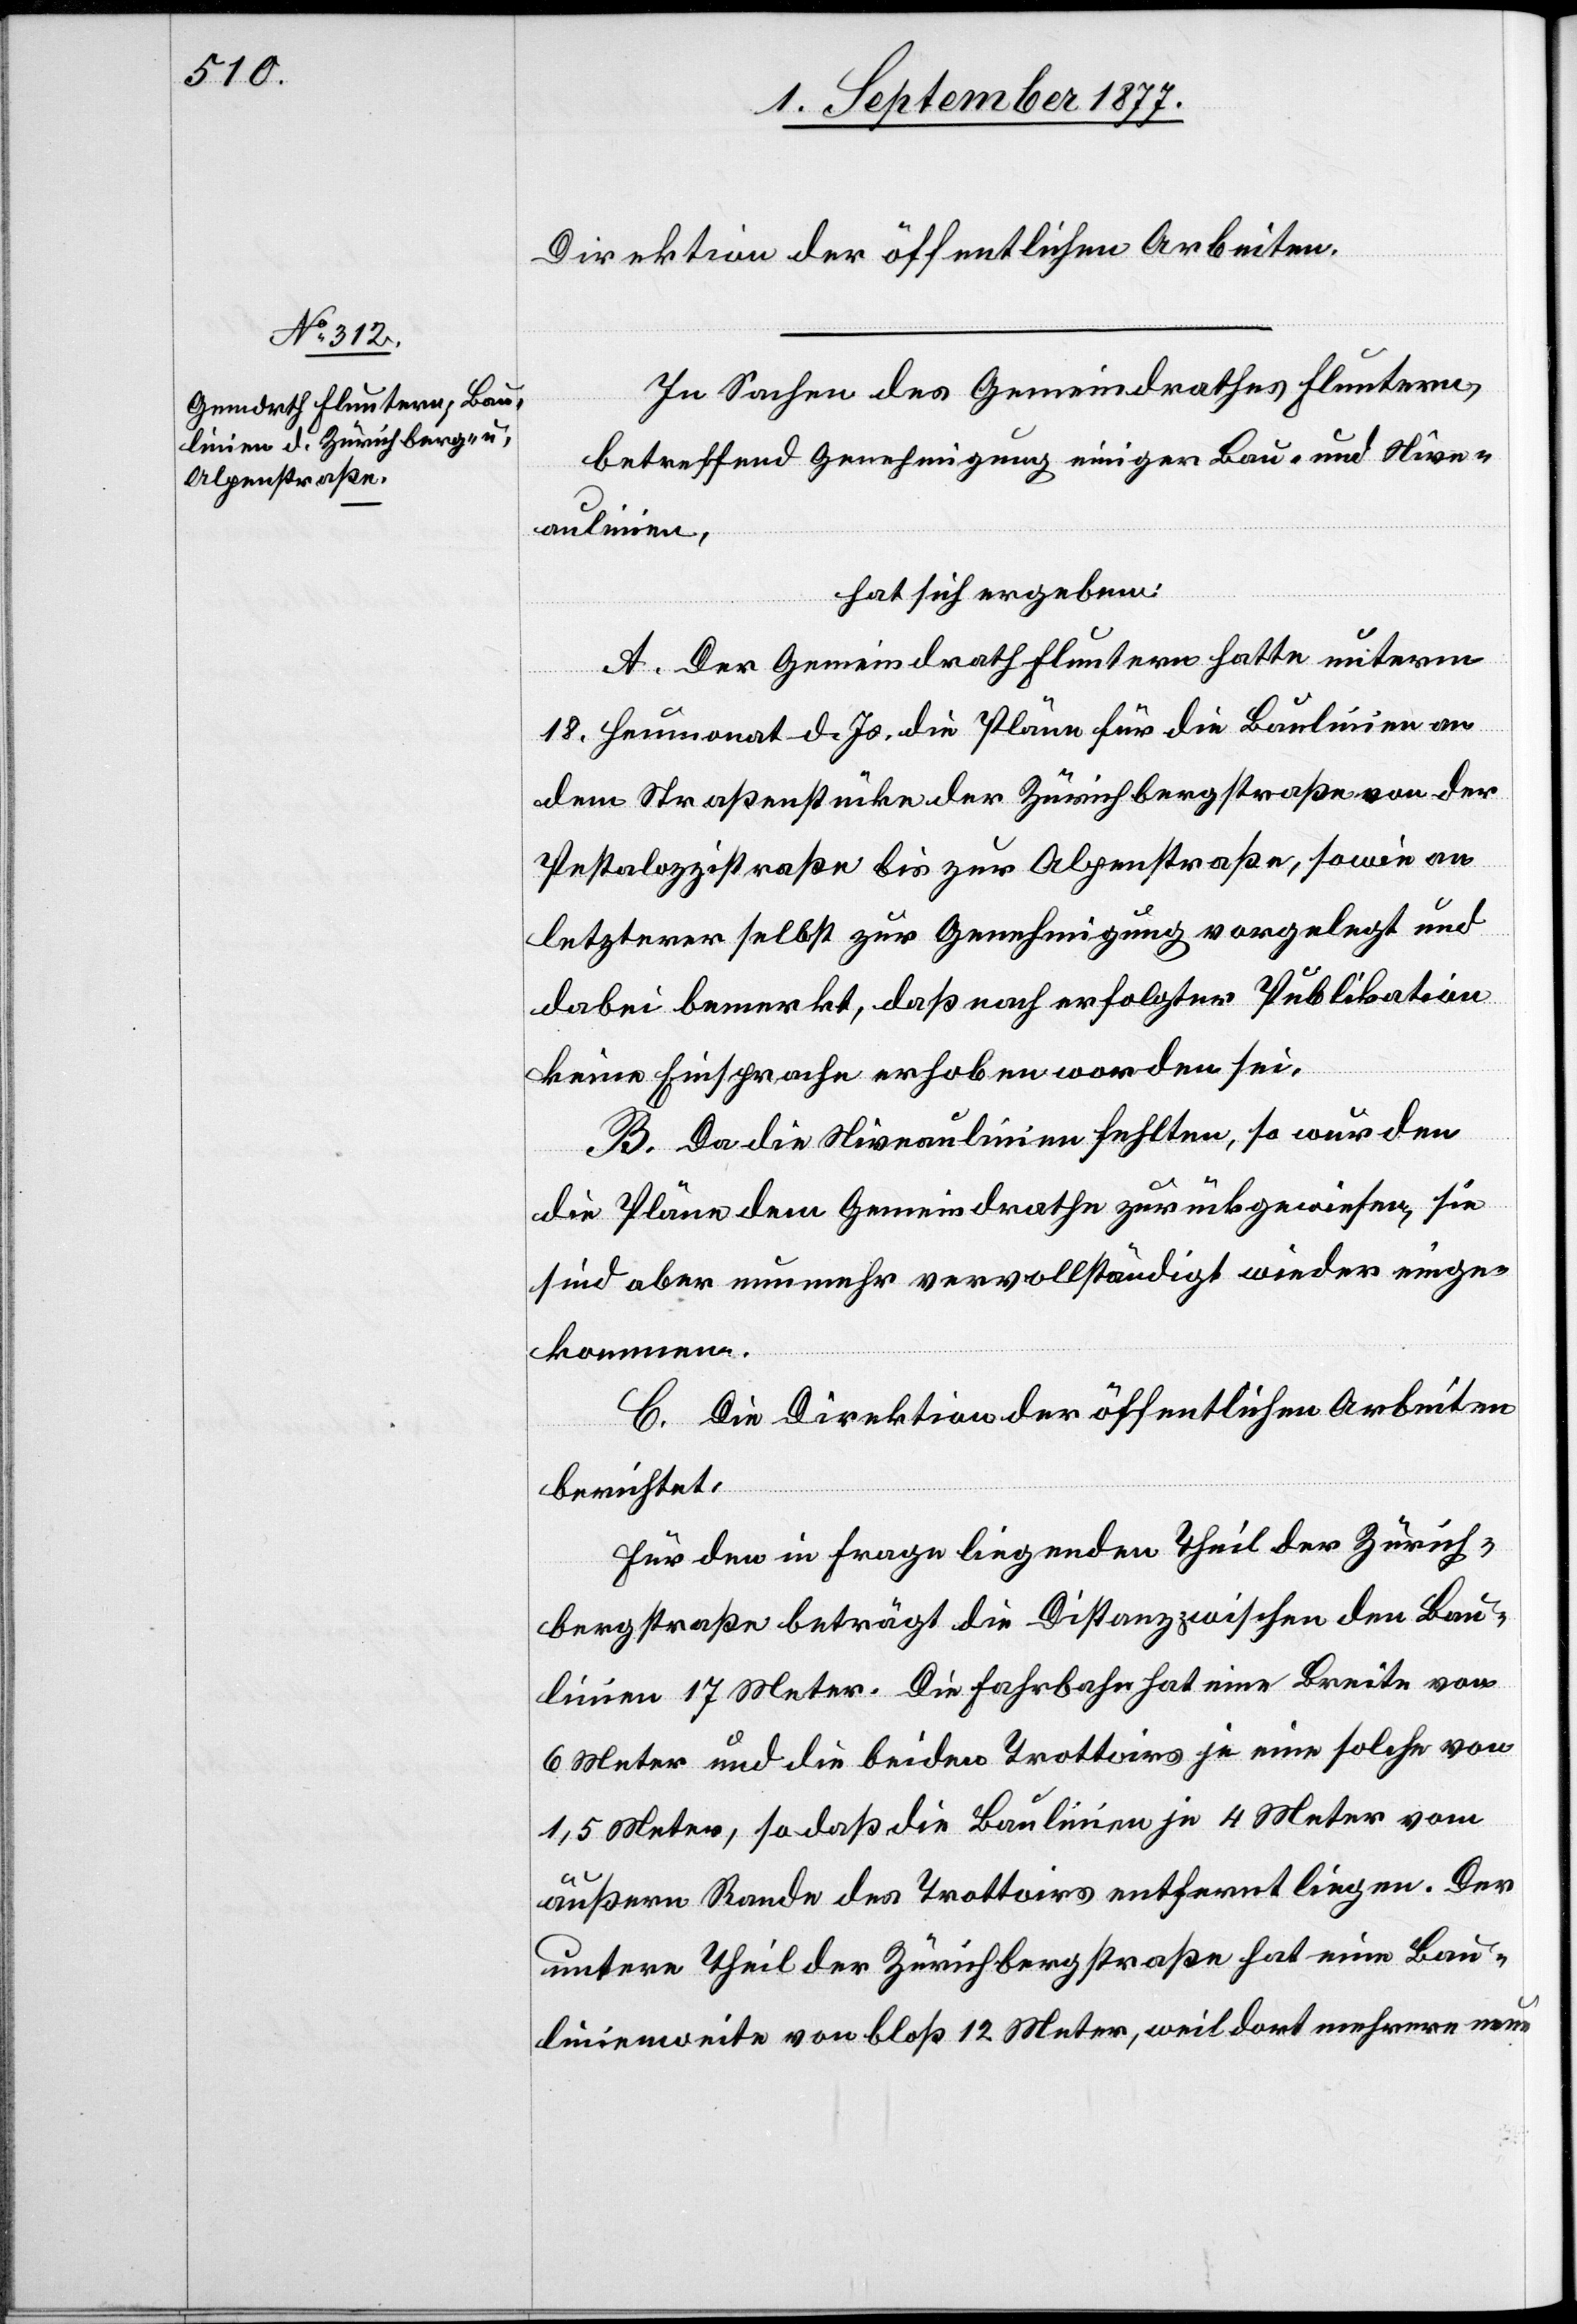
Direktion der öffentlichen Arbeiten.
In Sachen des Gemeindrathes Fluntern,
betreffend Genehmigung einiger Bau- und Nive¬
aulinien,
hat sich ergeben:
A. Der Gemeindrath Fluntern hatte unterm
18. Heumonat d. Js. die Pläne für die Baulinien an
dem Straßenstücke der Zürichbergstraße von der
Pestalozzistraße bis zur Alpenstraße, sowie an
letzterer selbst zur Genehmigung vorgelegt und
dabei bemerkt, daß nach erfolgter Publikation
keine Einsprache erhoben worden sei.
B. Da die Niveaulinien fehlten, so wurden
die Pläne dem Gemeindrathe zurückgewiesen, sie
sind aber nunmehr vervollständigt wieder einge¬
kommen.
C. Die Direktion der öffentlichen Arbeiten
berichtet:
Für den in Frage liegenden Theil der Zürich¬
bergstraße beträgt die Distanz zwischen den Bau¬
linien 17 Meter. Die Fahrbahn hat eine Breite von
6 Meter und die beiden Trottoirs je eine solche von
1,5 Meter, so daß die Baulinien je 4 Meter vom
äußern Rande des Trottoirs entfernt liegen. Der
untere Theil der Zürichbergstraße hat eine Bau¬
linienweite von bloß 12 Meter, weil dort mehrere neue